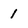
Character: 1